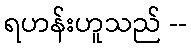
ရဟန်းဟူသည် --